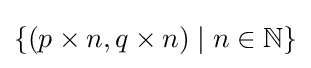
\{(p\times n,q\times n)\mid n\in \mathbb {N} \}